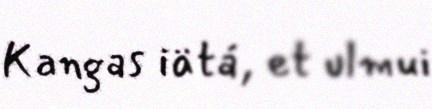
Kangas iätá, et ulmui